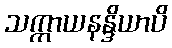
သက္ကာယနန္ဒိယာပိ